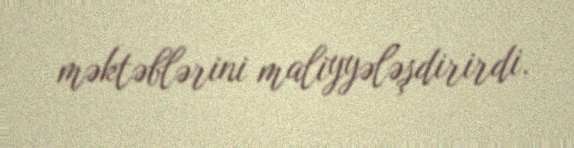
məktəblərini maliyyələşdirirdi.